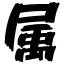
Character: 属